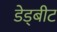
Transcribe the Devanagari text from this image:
डेड्बीट